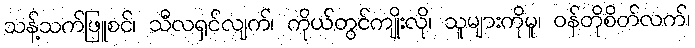
သန့်သက်ဖြူစင်၊ သီလရှင်လျက်၊ ကိုယ်တွင်ကျိုးလို၊ သူများကိုမူ၊ ဝန်တိုစိတ်လက်၊